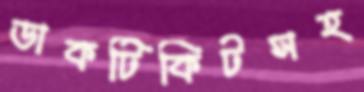
ডাকটিকিটসহ